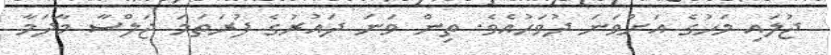
ޖުލައި މަހުގެ އަށްވަނަ ދުވަހުއެވެ. ތިން ވަނަ ދައުރުގެ ފުރަތަމަ ޖަލްސާ މާދަމާ